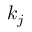
k _ { j }